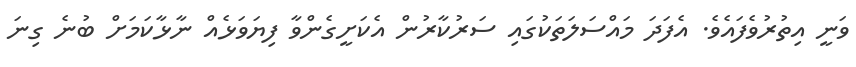
ވަނީ އިތުރުވެފައެވެ. އެފަދަ މައްސަލަތަކުގައި ސަރުކާރުން އެކަށީގެންވާ ފިޔަވަޅެއް ނާޅާކަމަށް ބުނެ ގިނަ